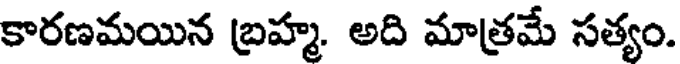
కారణమయిన బ్రహ్మ. అది మాత్రమే సత్యం.